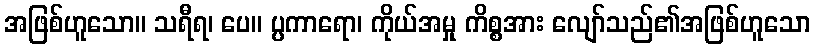
အဖြစ်ဟူသော။ သရီရ၊ ပေ။ ပ္ပကာရော၊ ကိုယ်အမှု ကိစ္စအား လျော်သည်၏အဖြစ်ဟူသော